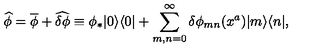
\widehat { \phi } = \overline { { \phi } } + \widehat { \delta \phi } \equiv \phi _ { * } | 0 \rangle \langle 0 | + \sum _ { m , n = 0 } ^ { \infty } \delta \phi _ { m n } ( x ^ { a } ) | m \rangle \langle n | ,